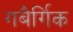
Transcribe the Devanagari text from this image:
गबैर्गिक